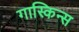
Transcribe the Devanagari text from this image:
गास्किन्स